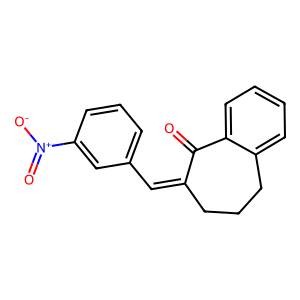
SMILES: O=C1C(=Cc2cccc([N+](=O)[O-])c2)CCCc2ccccc21
Inhibits HIV replication: No